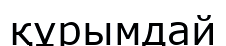
құрымдай